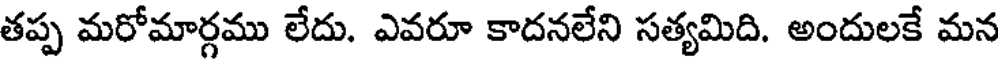
తప్ప మరోమార్గము లేదు. ఎవరూ కాదనలేని సత్యమిది. అందులకే మన